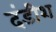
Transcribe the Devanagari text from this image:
दंडीश